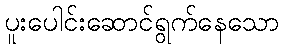
ပူးပေါင်းဆောင်ရွက်နေသော